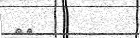
٣٤